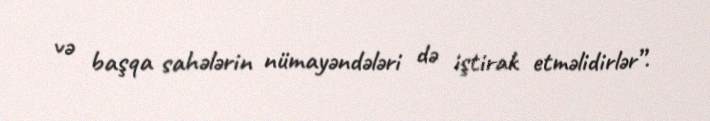
və başqa sahələrin nümayəndələri də iştirak etməlidirlər”.